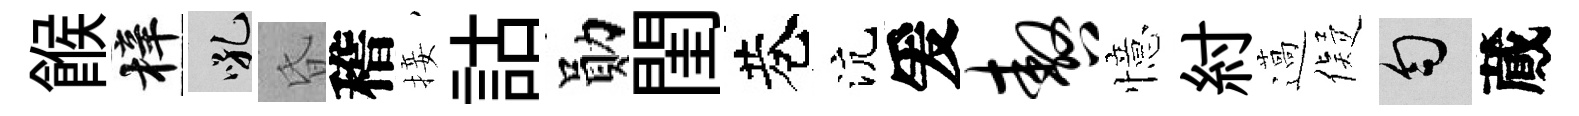
餱梓吼昏稽接詁勛閨巷沆爰嗷憶紂薖儗匀蕆